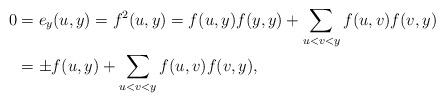
LaTeX: \begin{align*}0&=e_y(u,y)=f^2(u,y)=f(u,y)f(y,y)+\sum_{u<v<y}f(u,v)f(v,y)\\&=\pm f(u,y)+\sum_{u<v<y}f(u,v)f(v,y),\end{align*}